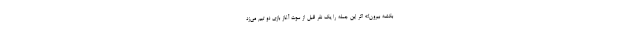
بکشه بیرون!» اگر این جمله را یک نفر قبل از سوت آغاز بازی دو تیم می‌زد